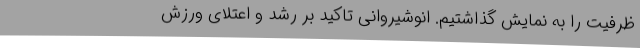
ظرفیت را به نمایش گذاشتیم. انوشیروانی تاکید بر رشد و اعتلای ورزش